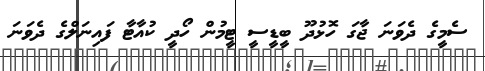
ސެމީގެ ދެވަނަ ޖާގަ ހޮޅުދޫ ބީޑީސީ ޓީމުން ހޯދީ ކުއާޓާ ފައިނަލްގެ ދެވަނަ